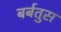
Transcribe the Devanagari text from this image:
बर्बतुस